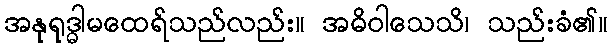
အနုရုဒ္ဓါမထေရ်သည်လည်း။ အဓိဝါသေသိ၊ သည်းခံ၏။